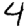
Digit: 4